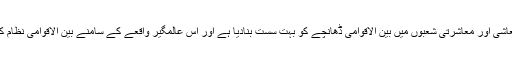
لیکن آج کرونا وائرس کے پھیلاؤ نے صحت، سلامتی، معاشی اور معاشرتی شعبوں میں بین الاقوامی ڈھانچے کو بہت سست بنادیا ہے اور اس عالمگیر واقعے کے سامنے بین الاقوامی نظام کی کمزوری کو پہلے سے کہیں زیادہ بے نقاب کردیا ہے۔